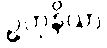
ဥတုနိယာ